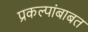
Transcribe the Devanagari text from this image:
प्रकल्पांबाबत